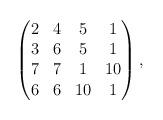
LaTeX: \begin{align*}\begin{pmatrix}2&4&5&1\\3&6&5&1\\7&7&1&10\\6&6&10&1\end{pmatrix},\end{align*}